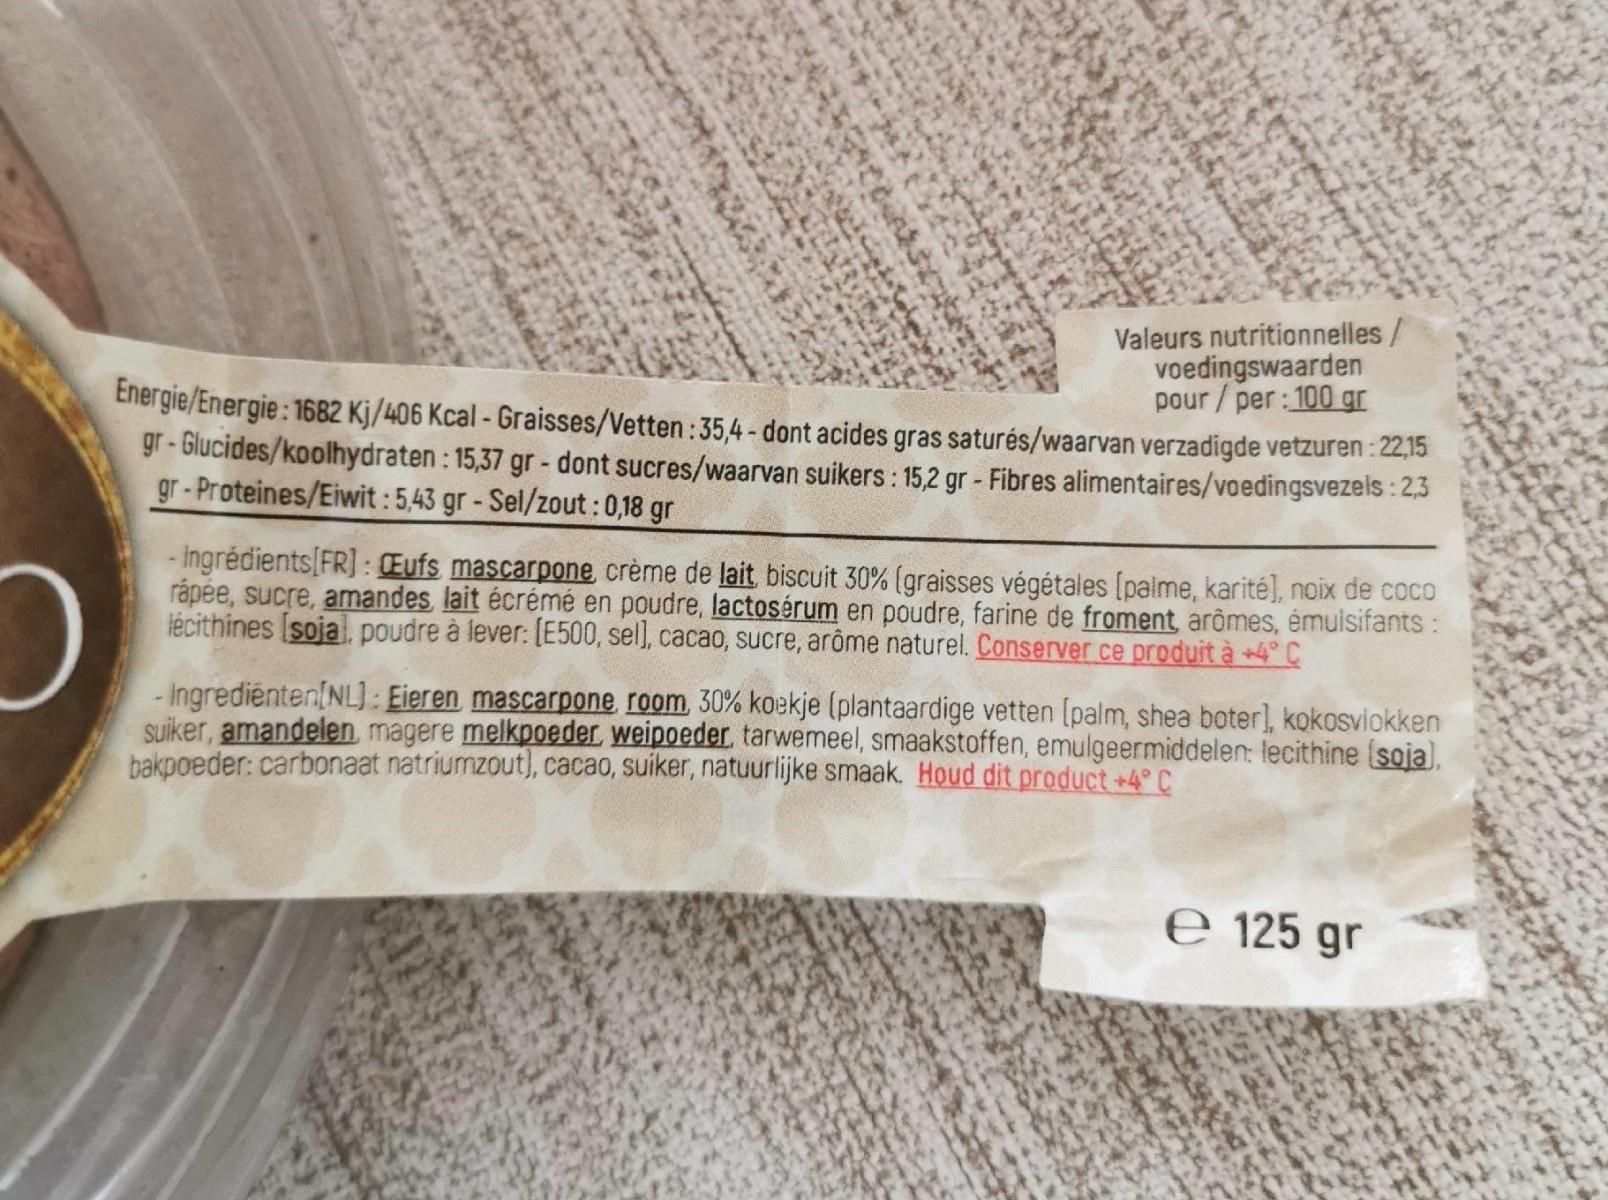
Valeurs nutritionnelles/ voedingswaarden pour / per: 100 gr Energie/Energie : 1682 Kj/406 Kcal - Graisses/Vetten:35,4 - dont acides gras saturés/waarvan verzadigde vetzuren : 22,15 gr- Glucides/koolhydraten : 15,37 gr - dont sucres/waarvan suikers : 15,2 gr - Fibres alimentaires/voedingsvezels: 2,3
gr-Proteines/Eiwit :5,43 gr- Sel/zout:0,18 gr
- Ingrédients[FR] : Eufs mascarpone crème de lait biscuit 30% (graisses végétales [palme, karité], noix de coco rápée, sucre, amandes lait écrémé en poudre, lactosérum en poudre, farine de froment, arômes, émulisifants : lécithines [soial, poudre à lever: [E500, sel), cacao, sucre, arôme naturel. Conserver ce produit à +4° C
- Ingredienten(NL): Eieren mascarpone room, 30% koekje (plantaardige vetten [palm, shea boter), kokosviokken Suiker, amandelen magere melkpoeder weipoeder, tarwemeel, smaakstoffen, emulgeermiddelen: lecithine (soja), bakpoeder: carbonaat natriumzout), cacao, suiker, natuurlijke smaak. Houd dit product +4° C
e 125 gr